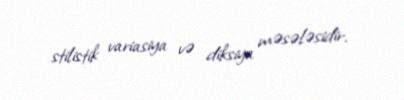
stilistik variasiya və diksiya məsələsidir.